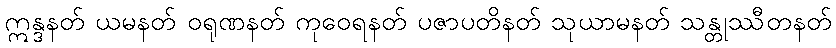
ဣန္ဒနတ် ယမနတ် ဝရုဏနတ် ကုဝေရနတ် ပဇာပတိနတ် သုယာမနတ် သန္တုဿီတနတ်